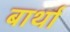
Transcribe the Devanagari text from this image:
बार्था